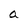
Character: a